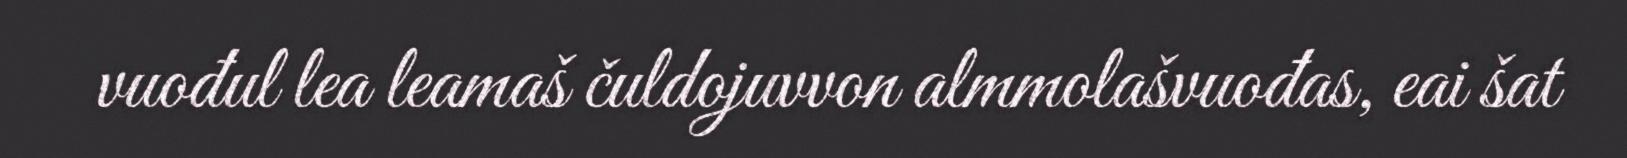
vuođul lea leamaš čuldojuvvon almmolašvuođas, eai šat